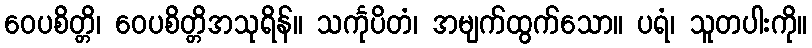
ဝေပစိတ္တိ၊ ဝေပစိတ္တိအသုရိန်။ သင်္ကုပိတံ၊ အမျက်ထွက်သော။ ပရံ၊ သူတပါးကို။